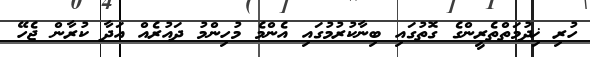
ހުރި ޚިދުމަތްތެރީންގެ ގޮތުގައި ބިނާކުރުމުގައި އެންމެ މުހިންމު ދައުރެއް އަދާ ކުރާން ޖެހޭ